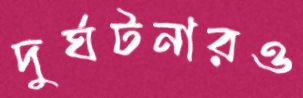
দুর্ঘটনারও